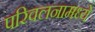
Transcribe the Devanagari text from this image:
परिवलनामध्ये